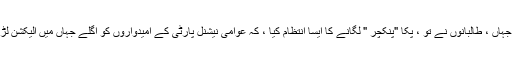
٭- "پنکچر "لگوانے میں بلا واسطہ (Direct )مدد ، خیبر پختون خواہ میں دیکھی گئی جہاں ، طالبانوں نے تو ، پکا "پنکچر " لگانے کا ایسا انتظام کیا ، کہ عوامی نیشنل پارٹی کے امیدواروں کو اگلے جہاں میں الیکشن لڑنے کے لئے روانہ کر دیا ، چنانچہ جیتنے والی پارٹی کے "پنکچر " کا خرچہ بچ گیا ۔